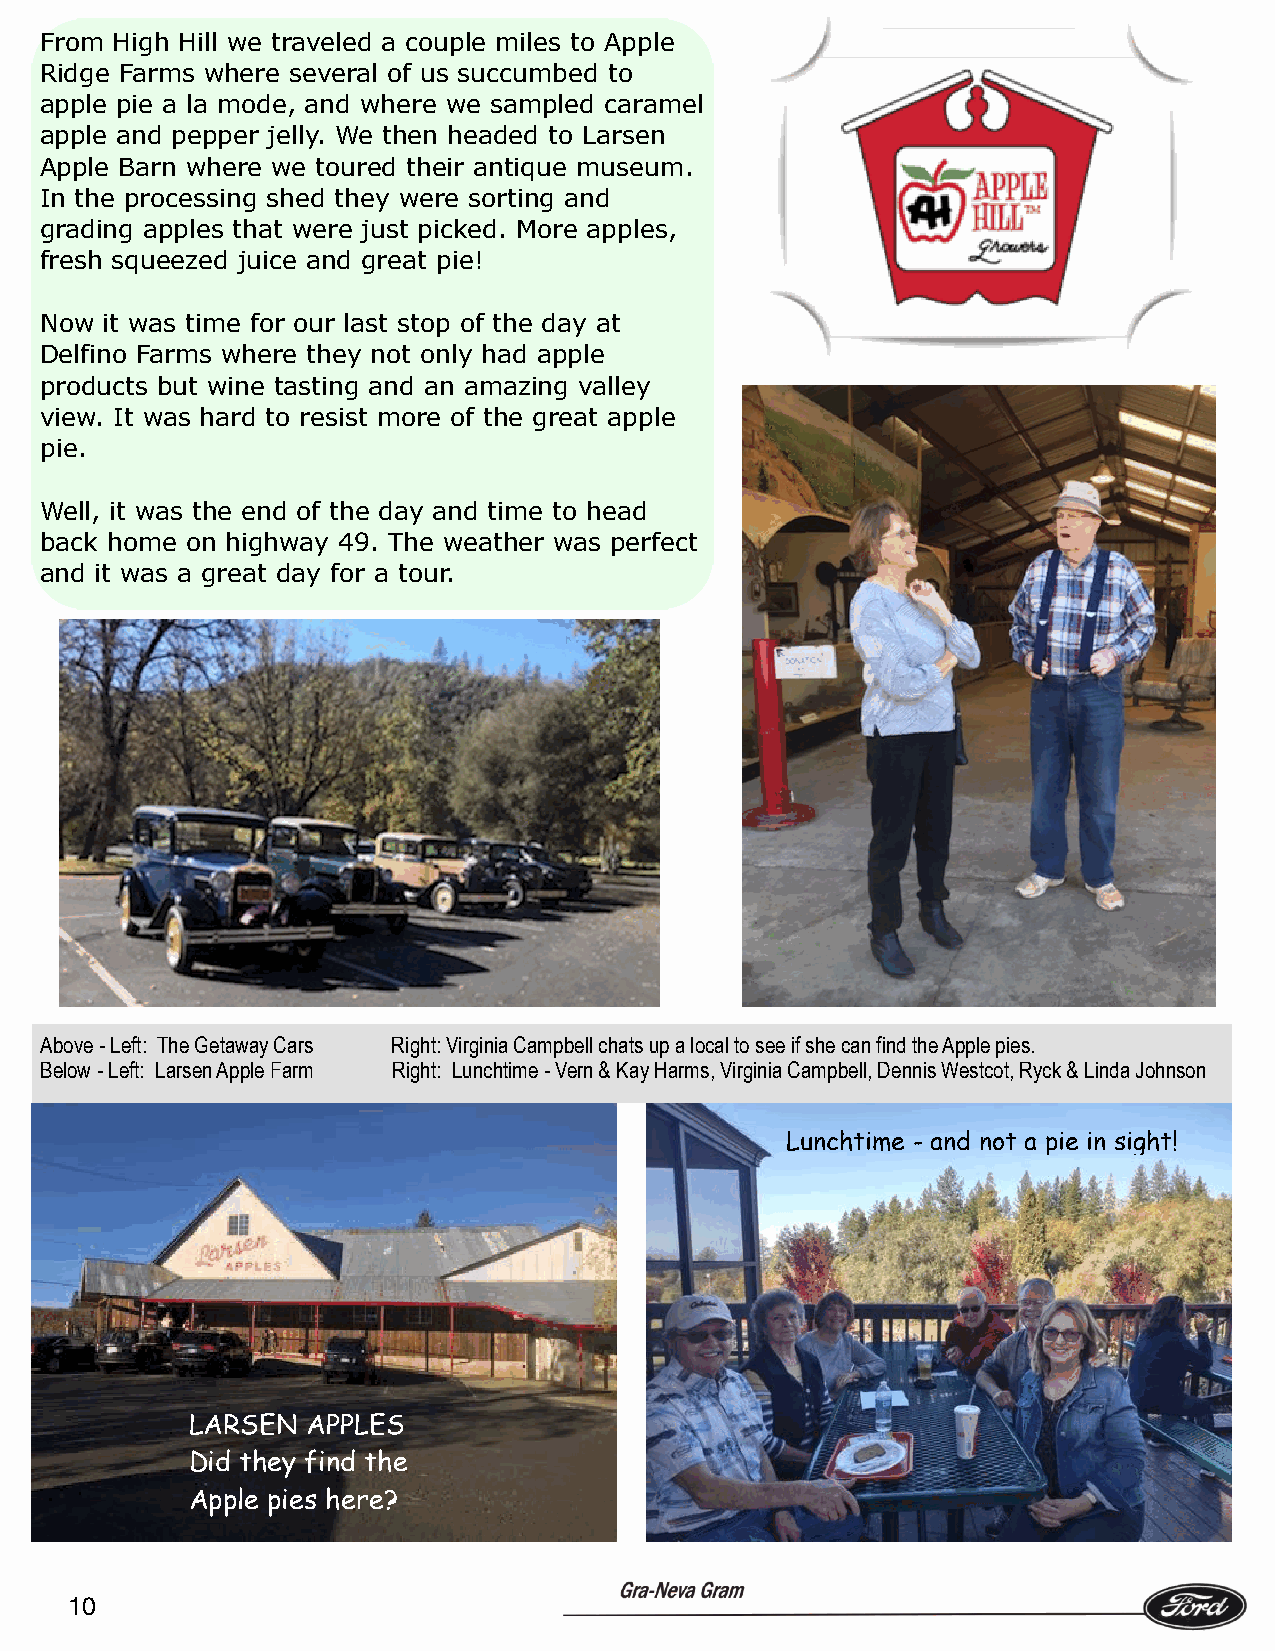
From High Hill we traveled a couple miles to Apple
 Ridge Farms where several of us succumbed to
 apple pie a la mode, and where we sampled caramel
 apple and pepper jelly. We then headed to Larsen
 Apple Barn where we toured their antique museum.
 In the processing shed they were sorting and
 grading apples that were just picked. More apples,
 fresh squeezed juice and great pie!
 Now it was time for our last stop of the day at
 Delfino Farms where they not only had apple
 products but wine tasting and an amazing valley
 view. It was hard to resist more of the great apple
 pie.
 Well, it was the end of the day and time to head
 back home on highway 49. The weather was perfect
 and it was a great day for a tour.
 Above - Left: The Getaway Cars Right: Virginia Campbell chats up a local to see if she can find the Apple pies.
 Below - Left: Larsen Apple Farm Right: Lunchtime - Vern & Kay Harms, Virginia Campbell, Dennis Westcot, Ryck & Linda Johnson
 Lunchtime - and not a pie in sight!
 LARSEN  APPLES
 Did they find the
 Apple pies here?
 10